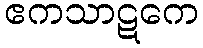
ဧကသာဋကေ